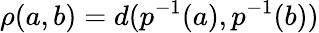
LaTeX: \rho(a,b)=d(p^{-1}(a),p^{-1}(b))